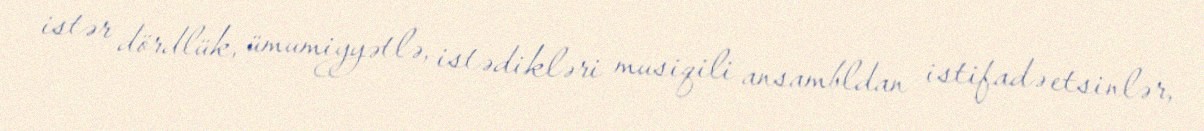
istər dördlük, ümumiyyətlə, istədikləri musiqili ansambldan istifadə etsinlər,